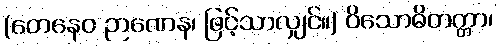
(တေနေဝ ဉာဏေန၊ ဖြင့်သာလျှင်။) ဝိသောဓိတတ္တာ၊